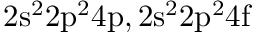
\mathrm { 2 s ^ { 2 } 2 p ^ { 2 } 4 p , 2 s ^ { 2 } 2 p ^ { 2 } 4 f }